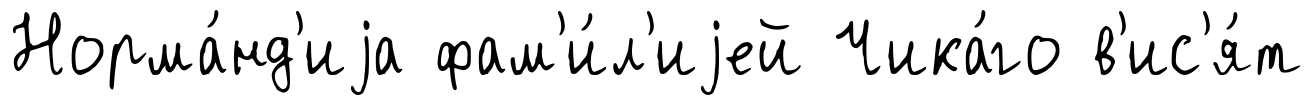
Норма́нд'иjа фам'и́л'иjей Чика́го в'ис'я́т